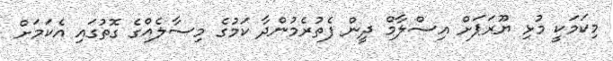
މިކަމަކީ މުޅި ޔޫރަޕަށް އިސްލާމް ދީން ފެތުރެމުންދާ ކަމުގެ މިސާލެއްގެ ގޮތުގައި އެކަމަށް